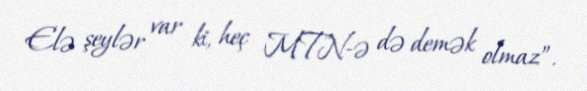
Elə şeylər var ki, heç MTN-ə də demək olmaz”.